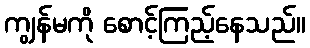
ကျွန်မကို စောင့်ကြည့်နေသည်။